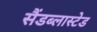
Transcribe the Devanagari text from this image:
सैंडब्लास्टेड